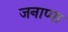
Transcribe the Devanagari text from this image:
जनाप्पा